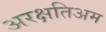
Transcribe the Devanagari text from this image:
अरक्षतिअम